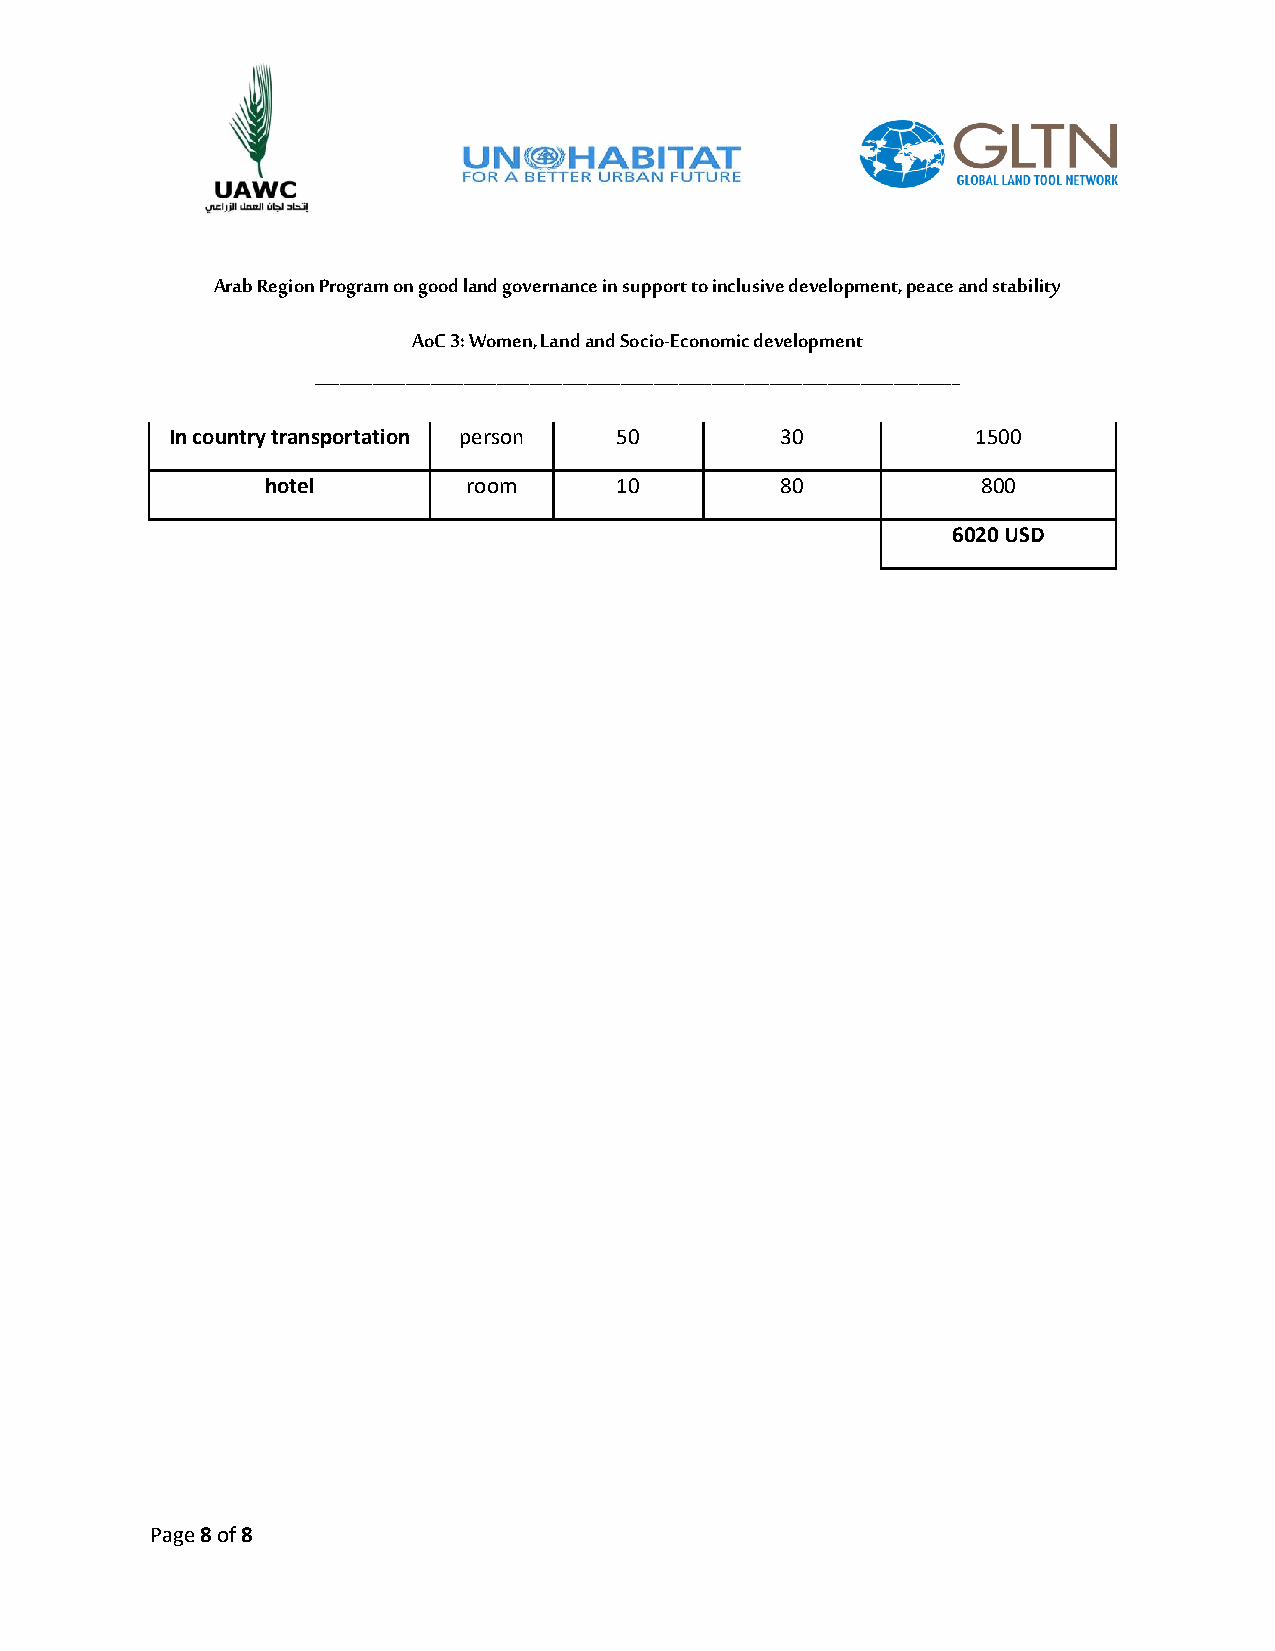
Arab Region Program on good land governance in support to inclusive development, peace and stability
 AoC 3: Women, Land and Socio-Economic development
 ______________________________________________________________________________
 In country transportation person 50      30           1500
 hotel        room      10         80           800
 6020 USD
 Page 8 of 8